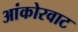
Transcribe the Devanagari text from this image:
आंकोरवाट